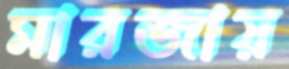
মারজায়